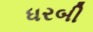
ધરબી